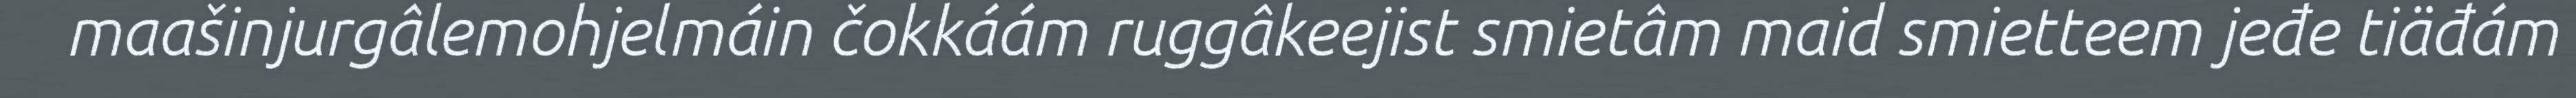
maašinjurgâlemohjelmáin čokkáám ruggâkeejist smietâm maid smietteem jeđe tiäđám